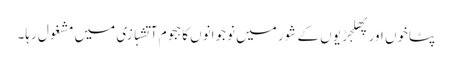
پٹاخوں اور پھلجڑیوں کے شور میں نوجوانوں کا ہجوم آتشبازی میں مشغول رہا۔